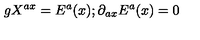
g X ^ { a x } = E ^ { a } ( x ) ; \partial _ { a x } E ^ { a } ( x ) = 0